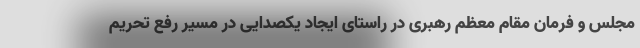
مجلس و فرمان مقام معظم رهبری در راستای ایجاد یکصدایی در مسیر رفع تحریم